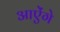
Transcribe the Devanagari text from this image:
आऐंगे